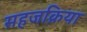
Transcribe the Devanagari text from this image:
सहजक्रिया